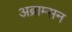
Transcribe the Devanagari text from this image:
अब्राम्सन